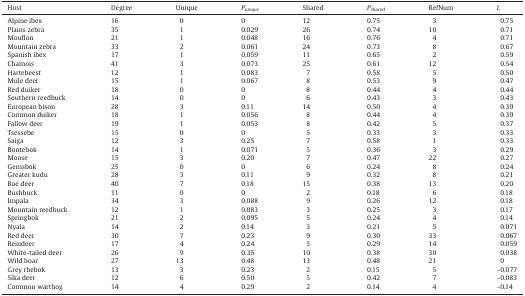
<table><thead><tr><td><b>Host</b></td><td><b>Degree</b></td><td><b>Unique</b></td><td><b><i>P<sub>unique</sub></i></b></td><td><b>Shared</b></td><td><b><i>P</i><sub>shared</sub></b></td><td><b>RefNum</b></td><td><b><i>L</i></b></td></tr></thead><tbody><tr><td>Alpine ibex</td><td>16</td><td>0</td><td>0</td><td>12</td><td>0.75</td><td>3</td><td>0.75</td></tr><tr><td>Plains zebra</td><td>35</td><td>1</td><td>0.029</td><td>26</td><td>0.74</td><td>10</td><td>0.71</td></tr><tr><td>Mouflon</td><td>21</td><td>1</td><td>0.048</td><td>16</td><td>0.76</td><td>4</td><td>0.71</td></tr><tr><td>Mountain zebra</td><td>33</td><td>2</td><td>0.061</td><td>24</td><td>0.73</td><td>8</td><td>0.67</td></tr><tr><td>Spanish ibex</td><td>17</td><td>1</td><td>0.059</td><td>11</td><td>0.65</td><td>2</td><td>0.59</td></tr><tr><td>Chamois</td><td>41</td><td>3</td><td>0.073</td><td>25</td><td>0.61</td><td>12</td><td>0.54</td></tr><tr><td>Hartebeest</td><td>12</td><td>1</td><td>0.083</td><td>7</td><td>0.58</td><td>5</td><td>0.50</td></tr><tr><td>Mule deer</td><td>15</td><td>1</td><td>0.067</td><td>8</td><td>0.53</td><td>9</td><td>0.47</td></tr><tr><td>Red duiker</td><td>18</td><td>0</td><td>0</td><td>8</td><td>0.44</td><td>4</td><td>0.44</td></tr><tr><td>Southern reedbuck</td><td>14</td><td>0</td><td>0</td><td>6</td><td>0.43</td><td>3</td><td>0.43</td></tr><tr><td>European bison</td><td>28</td><td>3</td><td>0.11</td><td>14</td><td>0.50</td><td>4</td><td>0.39</td></tr><tr><td>Common duiker</td><td>18</td><td>1</td><td>0.056</td><td>8</td><td>0.44</td><td>4</td><td>0.39</td></tr><tr><td>Fallow deer</td><td>19</td><td>1</td><td>0.053</td><td>8</td><td>0.42</td><td>5</td><td>0.37</td></tr><tr><td>Tsessebe</td><td>15</td><td>0</td><td>0</td><td>5</td><td>0.33</td><td>3</td><td>0.33</td></tr><tr><td>Saiga</td><td>12</td><td>3</td><td>0.25</td><td>7</td><td>0.58</td><td>1</td><td>0.33</td></tr><tr><td>Bontebok</td><td>14</td><td>1</td><td>0.071</td><td>5</td><td>0.36</td><td>3</td><td>0.29</td></tr><tr><td>Moose</td><td>15</td><td>3</td><td>0.20</td><td>7</td><td>0.47</td><td>22</td><td>0.27</td></tr><tr><td>Gemsbok</td><td>25</td><td>0</td><td>0</td><td>6</td><td>0.24</td><td>8</td><td>0.24</td></tr><tr><td>Greater kudu</td><td>28</td><td>3</td><td>0.11</td><td>9</td><td>0.32</td><td>8</td><td>0.21</td></tr><tr><td>Roe deer</td><td>40</td><td>7</td><td>0.18</td><td>15</td><td>0.38</td><td>13</td><td>0.20</td></tr><tr><td>Bushbuck</td><td>11</td><td>0</td><td>0</td><td>2</td><td>0.18</td><td>6</td><td>0.18</td></tr><tr><td>Impala</td><td>34</td><td>3</td><td>0.088</td><td>9</td><td>0.26</td><td>12</td><td>0.18</td></tr><tr><td>Mountain reedbuck</td><td>12</td><td>1</td><td>0.083</td><td>3</td><td>0.25</td><td>3</td><td>0.17</td></tr><tr><td>Springbok</td><td>21</td><td>2</td><td>0.095</td><td>5</td><td>0.24</td><td>4</td><td>0.14</td></tr><tr><td>Nyala</td><td>14</td><td>2</td><td>0.14</td><td>3</td><td>0.21</td><td>5</td><td>0.071</td></tr><tr><td>Red deer</td><td>30</td><td>7</td><td>0.23</td><td>9</td><td>0.30</td><td>33</td><td>0.067</td></tr><tr><td>Reindeer</td><td>17</td><td>4</td><td>0.24</td><td>5</td><td>0.29</td><td>14</td><td>0.059</td></tr><tr><td>White-tailed deer</td><td>26</td><td>9</td><td>0.35</td><td>10</td><td>0.38</td><td>30</td><td>0.038</td></tr><tr><td>Wild boar</td><td>27</td><td>13</td><td>0.48</td><td>13</td><td>0.48</td><td>21</td><td>0</td></tr><tr><td>Grey rhebok</td><td>13</td><td>3</td><td>0.23</td><td>2</td><td>0.15</td><td>5</td><td>−0.077</td></tr><tr><td>Sika deer</td><td>12</td><td>6</td><td>0.50</td><td>5</td><td>0.42</td><td>7</td><td>−0.083</td></tr><tr><td>Common warthog</td><td>14</td><td>4</td><td>0.29</td><td>2</td><td>0.14</td><td>4</td><td>−0.14</td></tr></tbody></table>